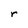
Character: r